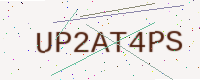
Text: UP2AT4PS